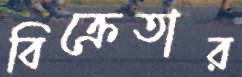
বিক্রেতার